Indian journal of veterinary science and animal husbandry - Volume 3,
Year: 1933
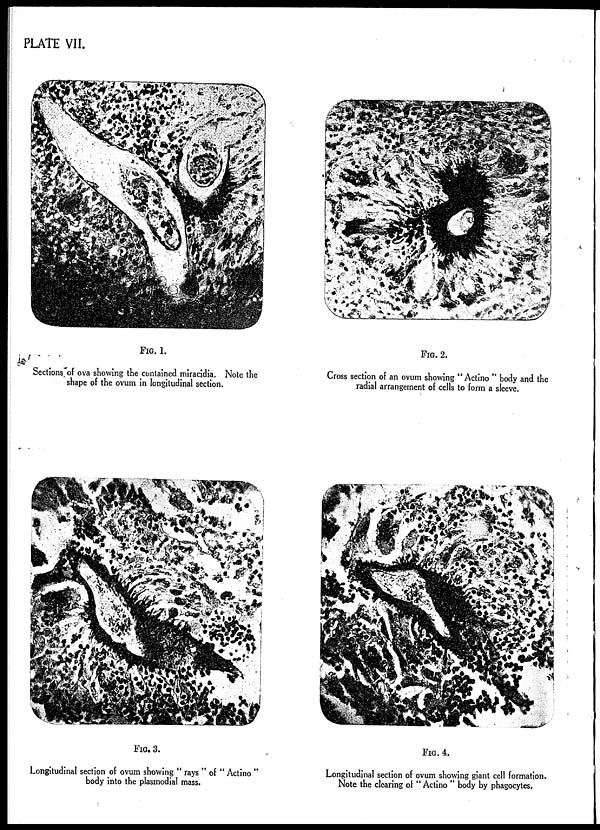
PLATE VII.
FIG. 1.
Sections of ova showing the contained miracidia. Note the
shape of the ovum in longitudinal section.
FIG. 2.
Cross section of an ovum showing " Actino " body and the
radial arrangement of cells to form a sleeve.
FIG. 3.
Longitudinal section of ovum showing " rays " of " Actino "
body into the plasmodial mass.
FIG. 4.
Longitudinal section of ovum showing giant cell formation.
Note the clearing of " Actino " body by phagocytes.